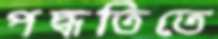
পদ্ধতিতে